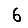
Digit: 6